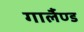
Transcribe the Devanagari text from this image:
गार्लैण्ड